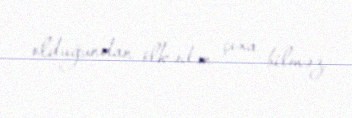
olduğundan ölkədən çıxa bilməz.